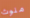
ملوث